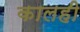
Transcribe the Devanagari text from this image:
कालही